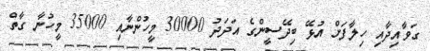
ގަވާއިދާއި ހިލާފަށް އުޅޭ ބިދޭސީންގެ އަދަދު 30000 މީހުންނާއި 35000 މީހުނާ ގާތް